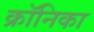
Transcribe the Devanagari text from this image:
क्रॉनिका